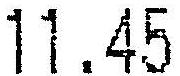
11.45